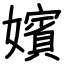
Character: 嬪